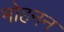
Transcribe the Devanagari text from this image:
मोहनन